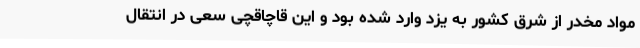
مواد مخدر از شرق کشور به یزد وارد شده بود و این قاچاقچی سعی در انتقال